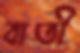
বাতী